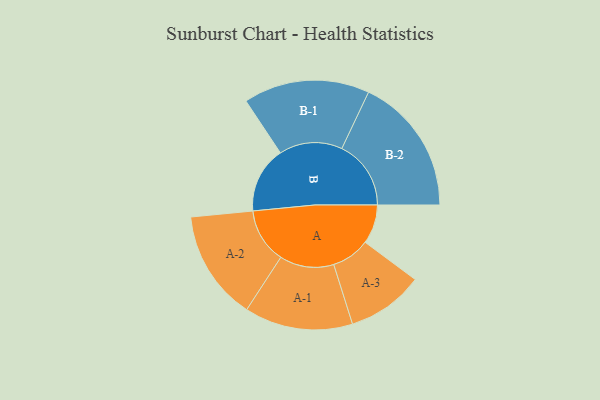
{"axis": {"x": "Segment", "y": "Value"}, "legend": ["", "A", "B"], "data": [{"x": "A", "y": 149, "type": ""}, {"x": "B", "y": 252, "type": ""}, {"x": "A-1", "y": 206, "type": "A"}, {"x": "A-2", "y": 209, "type": "A"}, {"x": "A-3", "y": 146, "type": "A"}, {"x": "B-1", "y": 240, "type": "B"}, {"x": "B-2", "y": 263, "type": "B"}]}